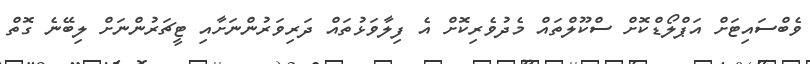
ވެބްސައިޓަށް އަޕްލޯޑްކޮށް ސްކޫލްތައް މެދުވެރިކޮށް އެ ފިލާވަޅުތައް ދަރިވަރުންނަށާއި ޓީޗަރުންނަށް ލިބޭނެ ގޮތް